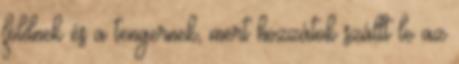
földnek és a tengernek, mert hozzátok szállt le az